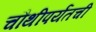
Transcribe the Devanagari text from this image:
चौथीपर्यंतची